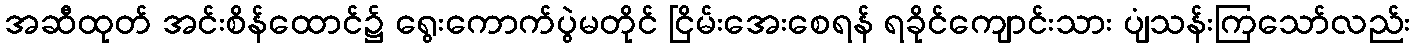
အဆီထုတ် အင်းစိန်ထောင်၌ ရွေးကောက်ပွဲမတိုင် ငြိမ်းအေးစေရန် ရခိုင်ကျောင်းသား ပျံသန်းကြသော်လည်း